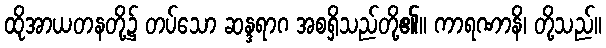
ထိုအာယတနတို့၌ တပ်သော ဆန္ဒရာဂ အစရှိသည်တို့၏။ ကာရဏာနိ၊ တို့သည်။